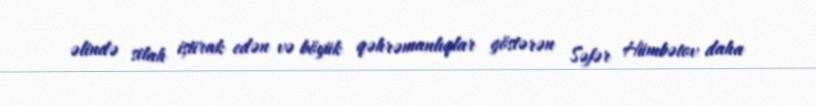
əlində silah iştirak edən və böyük qəhrəmanlıqlar göstərən Səfər Hümbətov daha